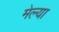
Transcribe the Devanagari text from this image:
मेल्‍या